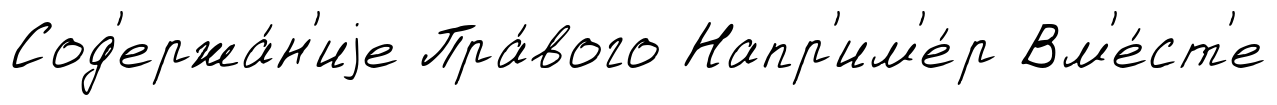
Сод'ержа́н'иjе Пра́вого Напр'им'е́р Вм'е́ст'е